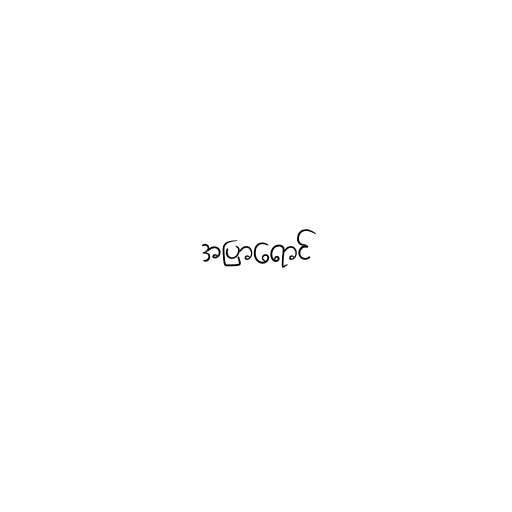
အပြာရောင်